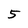
Character: 5